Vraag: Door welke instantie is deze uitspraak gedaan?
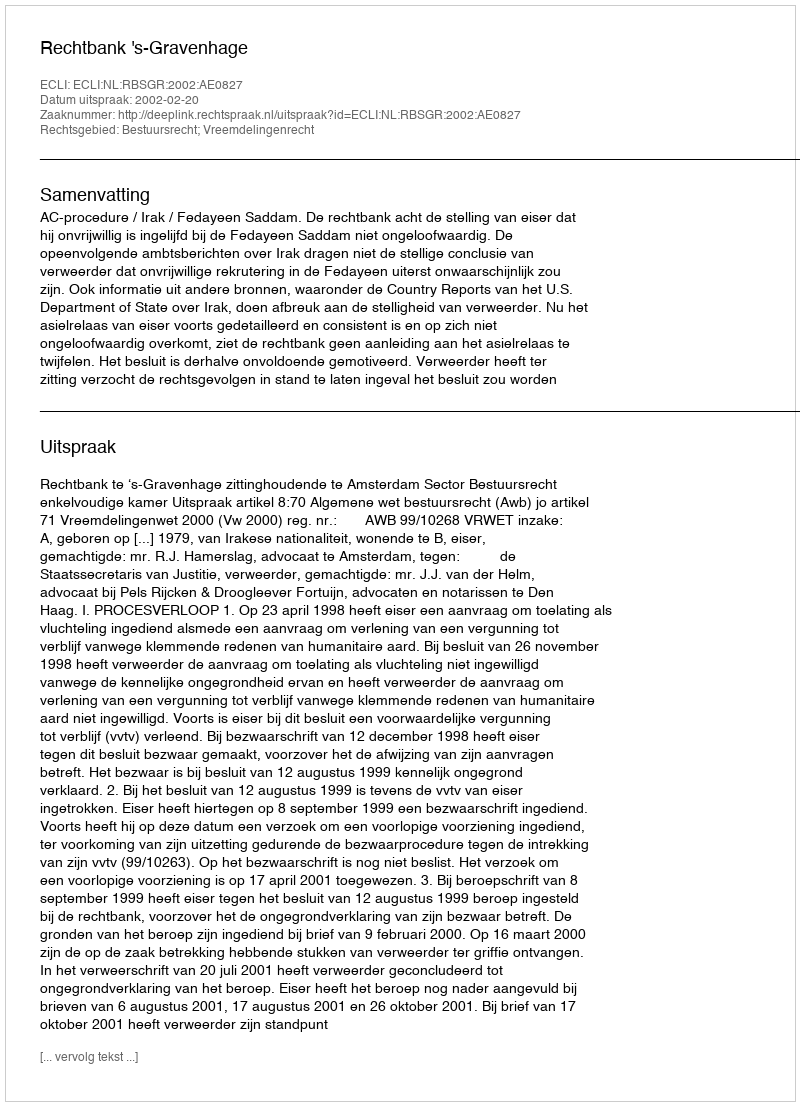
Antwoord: Rechtbank 's-Gravenhage